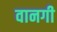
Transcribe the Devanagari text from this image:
वानगी